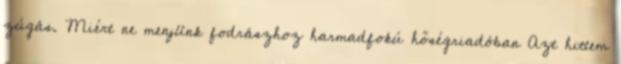
zúgás. Miért ne menjünk fodrászhoz harmadfokú hőségriadóban Azt hittem